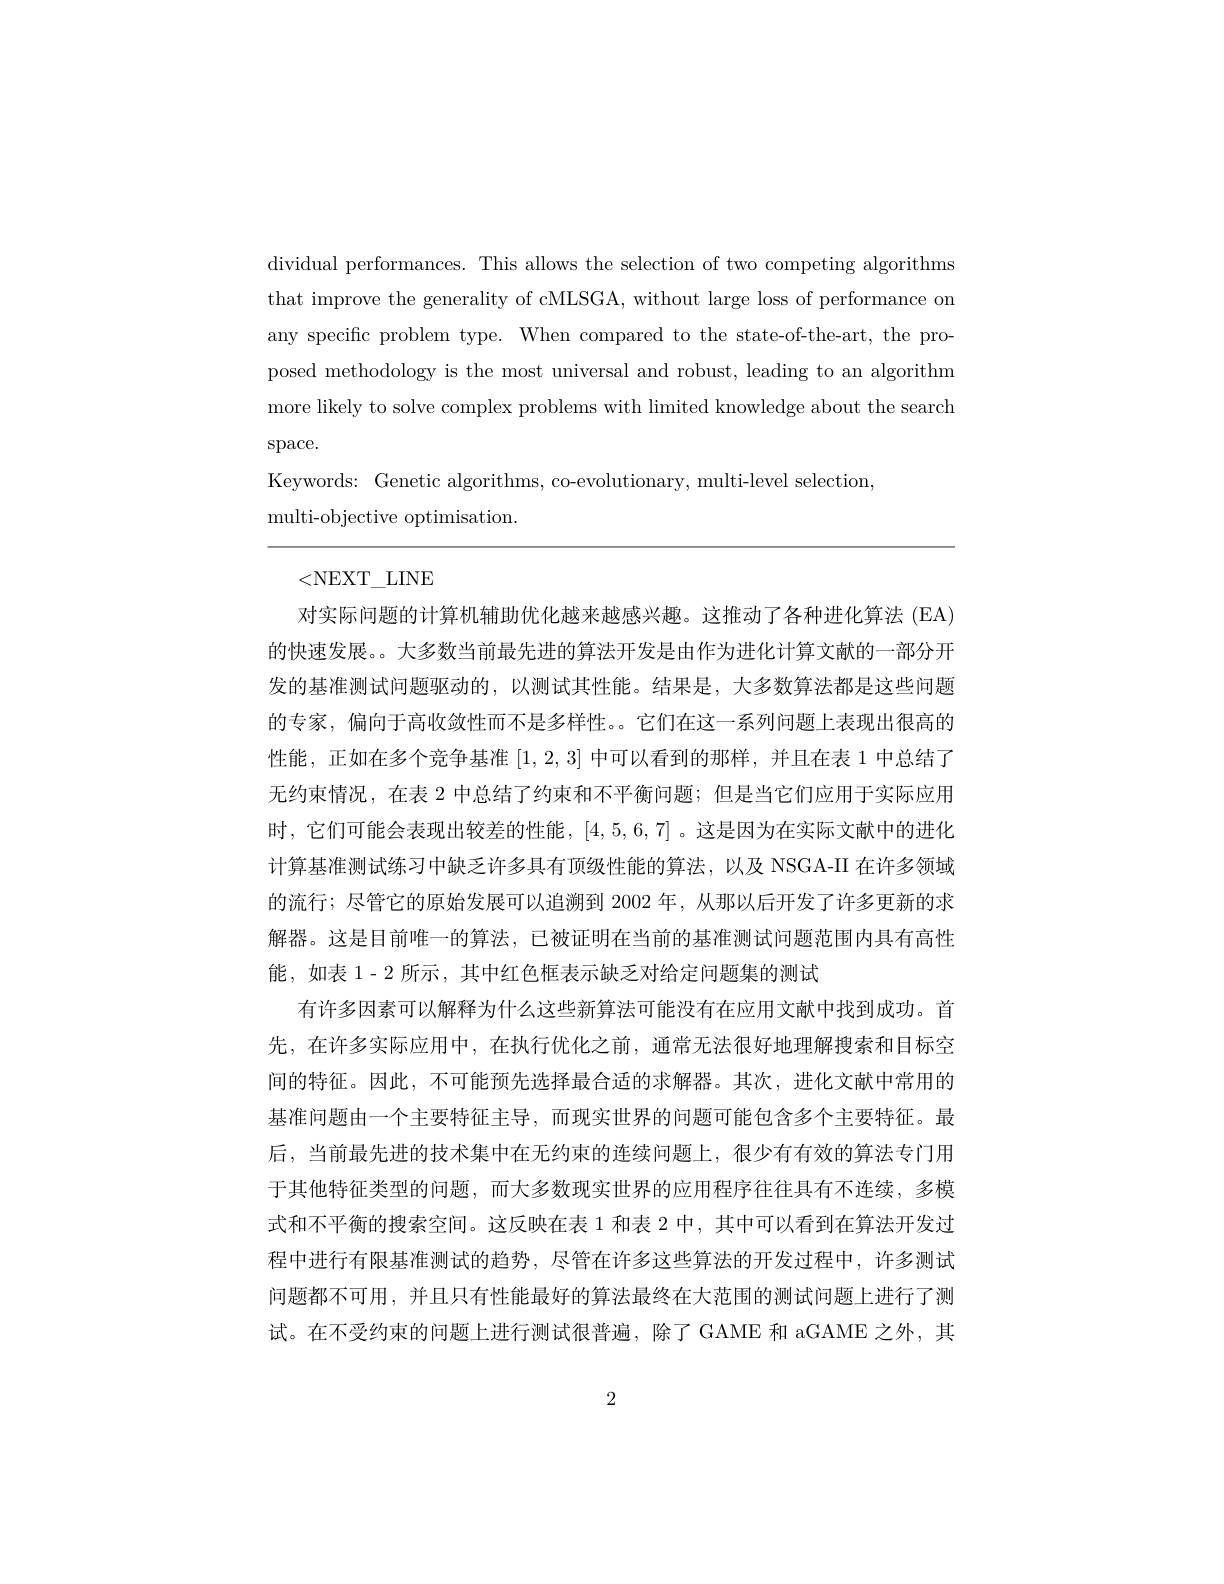
dividual performances. This allows the selection of two competing algorithms that improve the generality of cMLSGA, without large loss of performance on any specific problem type. When compared to the state-of-the-art, the proposed methodology is the most universal and robust, leading to an algorithm more likely to solve complex problems with limited knowledge about the search $\operatorname{space}.$
Keywords: Genetic algorithms, co-evolutionary, multi-level selection
${\mathrm{multi-objective~optimisation}}.$

<NEXT\_LINE
对实际问题的计算机辅助优化越来越感兴趣。这推动了各种进化算法 (EA) 的快速发展。。大多数当前最先进的算法开发是由作为进化计算文献的一部分开发的基准测试问题驱动的，以测试其性能。结果是，大多数算法都是这些问题的专家，偏向于高收敛性而不是多样性。。它们在这一系列问题上表现出很高的性能，正如在多个竞争基准[1,2,3]中可以看到的那样，并且在表 1 中总结了无约束情况，在表 2 中总结了约束和不平衡问题；但是当它们应用于实际应用时，它们可能会表现出较差的性能，[4,5,6,7]。这是因为在实际文献中的进化计算基准测试练习中缺乏许多具有顶级性能的算法，以及 NSGA-II 在许多领域的流行；尽管它的原始发展可以追溯到 2002 年，从那以后开发了许多更新的求解器。这是目前唯一的算法，已被证明在当前的基准测试问题范围内具有高性能，如表 1- 2 所示 , 其中红色框表示缺乏对给定问题集的测试
有许多因素可以解释为什么这些新算法可能没有在应用文献中找到成功。首先，在许多实际应用中，在执行优化之前，通常无法很好地理解搜索和目标空间的特征。因此，不可能预先选择最合适的求解器。其次，进化文献中常用的基准问题由一个主要特征主导，而现实世界的问题可能包含多个主要特征。最后，当前最先进的技术集中在无约束的连续问题上，很少有有效的算法专门用于其他特征类型的问题，而大多数现实世界的应用程序往往具有不连续，多模式和不平衡的搜索空间。这反映在表 1 和表 2 中，其中可以看到在算法开发过程中进行有限基准测试的趋势，尽管在许多这些算法的开发过程中，许多测试问题都不可用，并且只有性能最好的算法最终在大范围的测试问题上进行了测试。在不受约束的问题上进行测试很普遍，除了GAME 和 aGAME 之外，其

2